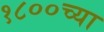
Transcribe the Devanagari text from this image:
१८००च्या